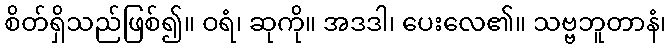
စိတ်ရှိသည်ဖြစ်၍။ ဝရံ၊ ဆုကို။ အဒဒါ၊ ပေးလေ၏။ သဗ္ဗဘူတာနံ၊